Annual report on the health of the army in India
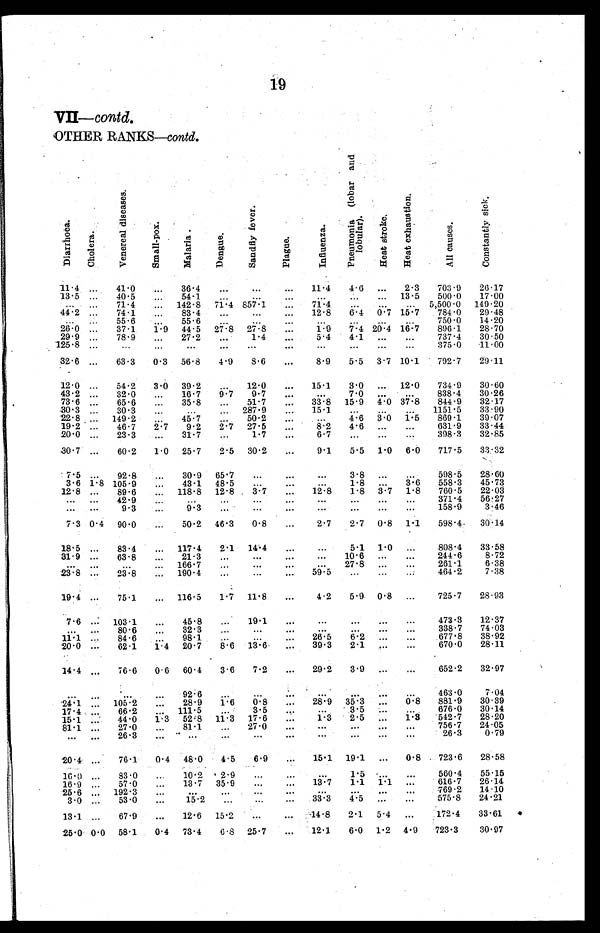
VII-Contd.
OTHER RANKS.contd.
Di a r r h o e a .
Ch o l e r a
V e n e r e a l d i s e a s e s .
S ma l l . p o x
Mal ar i a
De n g u e .
S a n d f l y f e v e r
Pl a gue .
I n f l u e n z a .
P n e n u m o n i a ( l o b a r a n d l o b u l a r ) .
H e a t s t r o k e .
H e a t e x h a u s t i o n .
Al l Ca u s e s .
C o n s t a n t l y s i c k
11. 4
...
41.0 ... 36.4 ...
... ...
11.4 4.6 ... 2.3 703.9 26.17
13. 5 ...
40.5 ...
54.1 ... ...
...
. . .
. . . ... 13.5 500.0 17.00
. . . ... 71.4 ... 142.8 71.4 857.1 ...
71.4
. . . ...
... 5,500.0 149.20
44.2 ... 74.1 ... 83.4 ...
...
... 12.8 6.4 0. 7 15. 7 784.0 29.48
. . . ... 55.6 ... 55.6 ... ...
...
. . .
. . .
...
...
750.0 14.20
26.0 ... 37.1 1.9 44.5 27.8 27.8 ...
1.9 7.4 20.4 16.7 896.1 28.70
29.9 ... 78.9 ... 27.2 ...
1.4 ...
5.4 4.1 ... ...
737.4 30.50
125.8 ...
. . . ...
. . .
... ...
...
. . .
. . . ... ...
375.0 11.00
32.6 ... 63.3 0.3 56. 8 4.9 8.6 ...
8.9 5.5 3.7 10.1 792.7 29.11
12.0 ... 54.2 3.0 39. 2 ... 12.0 ... 15.1 3.0 ... 12.0 734.9 30.60
43.2 ... 32.0 ... 16.7 9.7 9.7 ...
. . .
7.0 ... ...
838.4 30.26
73.6 ... 65.6 ... 35.8 ... 51.7 ... 33.8 15. 9 4.0 37.8 844.9 32.17
30.3 ... 30.3 ...
. . . ... 287.9 ... 15.1
. . . ... ...
1151.5 33.90
22.8 ... 149.2
... 45.7 ... 50.2
...
. . . 4.6 3.0 1. 5 869.1 39.07
19.2 ... 46.7 2.7 9.2 2.7 27. 5 ...
8.2 4.6 ... ...
631.9 33.44
20.0 ... 23.3 ... 31.7 ...
1.7 ...
6.7
. . . ... ...
398.3 32.85
30. 7 ... 60.2 1. 0 25.7 2.5 30.2 ...
9.1 5.5 1.0 6.0 717.5 33.32
7.5 ... 92.8 ... 30.9 65.7 ...
...
. . .
3.8 ... ...
598.5 28.60
3.6 1.8 105.9 ... 43.1 48.5 ...
...
. . .
1.8 ... 3.6 558.3 45.73
12.8 ... 89.6 ...
118.8 12.8 3.7 ...
12.8 1.8 3.7 1.8 760.5 22.03
. . . ... 42.9 ...
. . .
... ...
...
. . .
. . . ... ...
371.4 56.27
. . .
...
9.3 ...
9.3 ...
...
...
. . .
. . . ... ...
158.9
3.46
7.3 0.4 90.0 ... 50.2 46.3 0.8 ...
2.7 2.7 0.8 1.1 598.4 30.14
18.5 ... 83.4 ... 117.4 2.1 14.4 ...
. . .
5.1 1.0 ...
808.4 33.58
31.9 ...
63.8 ... 21.3 ...
...
...
. . . 10.6 ... ...
244.6
8.72
. . .
...
. . . ... 166.7 ...
...
...
. . . 27.8 ... ...
261.1
6.38
23.8 ...
2 3 . 8 ... 190.4 ...
... ...
59 5
. . .
... ...
464.2
7.38
19.4 ... 75.1 ... 116.5 1.7 11.8 ...
4.2 5.9 0.8 ...
725.7 28.93
7.6 ... 103.1 ... 45.8 ... 19.1 ...
. . .
. . . ... ...
473.3 12.37
. . . ... 80.6 ... 32.3 ... ...
...
. . .
. . .
...
...
338.7 74.03
11.1 ...
84.6 ...
98.1 ...
...
... 26.5 6.2 ...
...
677.8 38.92
20.0
... 62.1
1.4 20.7 8.6 13.6 ...
39.3 2.1 ...
...
670.0 28.11
14.4 ... 76.6 0.6 60.4 3.6 7.2 ... 29.2 3.9 ... ...
652.2 32.97
. . .
...
. . .
...
92.6
... ...
...
. . .
. . .
...
...
463.0
7.04
24.1 ... 105.2
... 28.9 1.6 0.8 ... 28.9
35. 3 ...
0.8 881.9 30.39
17.4 ...
66.2 ... 111.5 ...
3.5 ...
. . .
3.5 ... ...
676.0 30.14
15.1
... 44.0 1.3 52.8 11.3 17.6 ...
1.3 2.5 ... 1.3 542.7 28.20
81.1 ... 27.0 ... 81.1 ... 27.0 ...
. . .
. . . ... ...
756.7 24.05
. . . ... 26.3 ...
. . .
...
...
...
. . .
. . . ... ...
26.3
0.79
20.4 ... 76.1 0.4 48.0 4.5 6.9 ... 15.1 19.1 ... 0.8 723.6 28.58
16.0 ... 83.0
...
10.2 2.9 ...
...
. . . 1.5 ...
...
560.4 55.15
16.9 ...
57.0 ... 13.7 35.9 ...
... 13.7 1.1 1.1 ...
616.7 26.14
25.6
... 192.3 ...
. . .
... ...
...
. . .
. . . ... ...
769.2 14.10
3.0 ...
53.0 ...
15.2 ...
... ... 33.3 4.5 ... ...
575.8 24.21
13.1
...
67.9 ... 12.6 15.2 ...
... 14.8 2.1 5.4 ...
172.4 33.61
25.0 0.0 58.1 0.4 73.4 6.8 25.7 ... 12.1 6.0 1.2 4.9 723.3
30.97